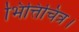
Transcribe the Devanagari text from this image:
भित्तिचित्र।